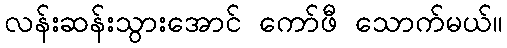
လန်းဆန်းသွားအောင် ကော်ဖီ သောက်မယ်။